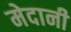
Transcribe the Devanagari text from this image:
मेदानी